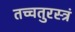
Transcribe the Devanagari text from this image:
तच्चतुरस्त्रं